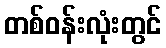
တစ်ဝန်းလုံးတွင်